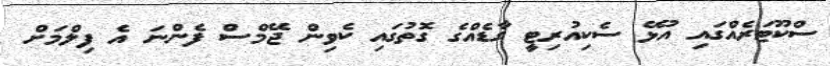
ސްކޫޓަރެއްގައި އުޅޭ ސެކިއުރިޓީ ގާޑެއްގެ ގޮތުގައި ކެވިން ޖޭމްސް ފެންނަ އެ ފިލްމަށް